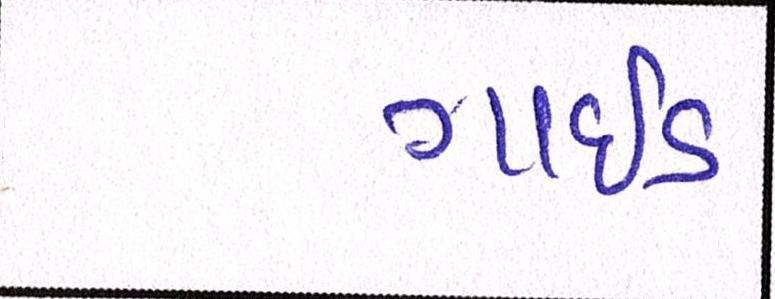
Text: ગાઇડ